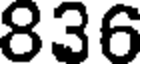
836